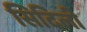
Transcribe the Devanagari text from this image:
सिदिली